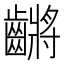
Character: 𪙝